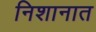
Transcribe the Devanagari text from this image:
निशानात